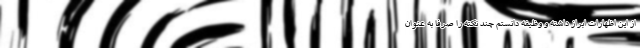
از این اظهارات ابراز داشته و وظیفه دانستم چند نکته را صرفا به عنوان